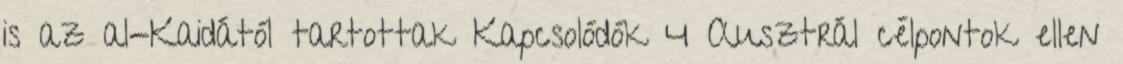
is az al-Kaidától tartottak Kapcsolódók 4 Ausztrál célpontok ellen